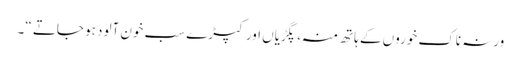
ورنہ ناک خوروں کے ہاتھ منہ ، پگڑیاں اور کپڑے سب خون آلود ہو جاتے “۔